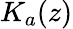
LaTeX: K_{a}(z)